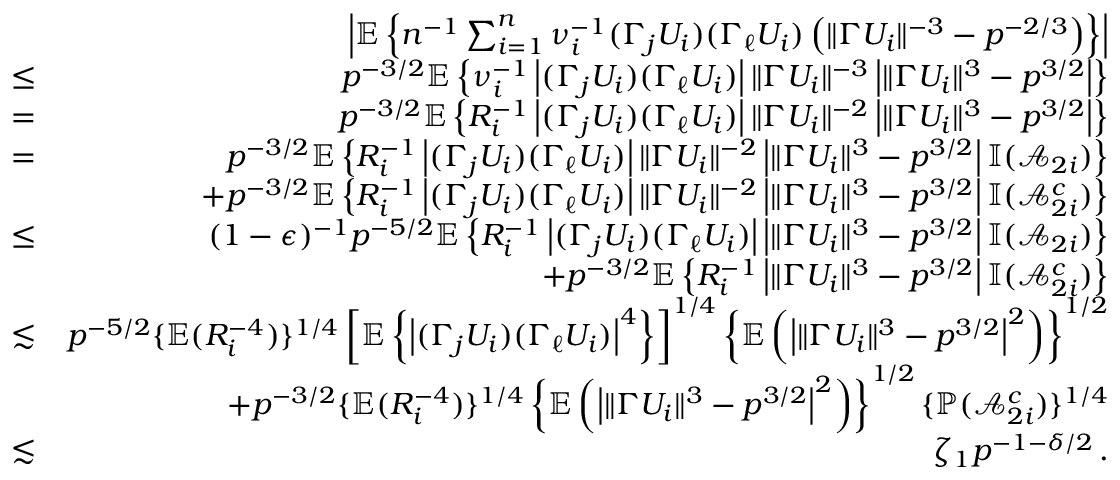
\begin{array} { r l r } & { } & { \left| { \mathbb { E } } \left\{ n ^ { - 1 } \sum _ { i = 1 } ^ { n } \nu _ { i } ^ { - 1 } ( \Gamma _ { j } U _ { i } ) ( \Gamma _ { \ell } U _ { i } ) \left( \| \Gamma U _ { i } \| ^ { - 3 } - p ^ { - 2 / 3 } \right) \right\} \right| } \\ & { \leq } & { p ^ { - 3 / 2 } { \mathbb { E } } \left\{ \nu _ { i } ^ { - 1 } \left| ( \Gamma _ { j } U _ { i } ) ( \Gamma _ { \ell } U _ { i } ) \right| \| \Gamma U _ { i } \| ^ { - 3 } \left| \| \Gamma U _ { i } \| ^ { 3 } - p ^ { 3 / 2 } \right| \right\} } \\ & { = } & { p ^ { - 3 / 2 } { \mathbb { E } } \left\{ R _ { i } ^ { - 1 } \left| ( \Gamma _ { j } U _ { i } ) ( \Gamma _ { \ell } U _ { i } ) \right| \| \Gamma U _ { i } \| ^ { - 2 } \left| \| \Gamma U _ { i } \| ^ { 3 } - p ^ { 3 / 2 } \right| \right\} } \\ & { = } & { p ^ { - 3 / 2 } { \mathbb { E } } \left\{ R _ { i } ^ { - 1 } \left| ( \Gamma _ { j } U _ { i } ) ( \Gamma _ { \ell } U _ { i } ) \right| \| \Gamma U _ { i } \| ^ { - 2 } \left| \| \Gamma U _ { i } \| ^ { 3 } - p ^ { 3 / 2 } \right| { \mathbb { I } } ( \mathcal { A } _ { 2 i } ) \right\} } \\ & { } & { + p ^ { - 3 / 2 } { \mathbb { E } } \left\{ R _ { i } ^ { - 1 } \left| ( \Gamma _ { j } U _ { i } ) ( \Gamma _ { \ell } U _ { i } ) \right| \| \Gamma U _ { i } \| ^ { - 2 } \left| \| \Gamma U _ { i } \| ^ { 3 } - p ^ { 3 / 2 } \right| { \mathbb { I } } ( \mathcal { A } _ { 2 i } ^ { c } ) \right\} } \\ & { \leq } & { ( 1 - \epsilon ) ^ { - 1 } p ^ { - 5 / 2 } { \mathbb { E } } \left\{ R _ { i } ^ { - 1 } \left| ( \Gamma _ { j } U _ { i } ) ( \Gamma _ { \ell } U _ { i } ) \right| \left| \| \Gamma U _ { i } \| ^ { 3 } - p ^ { 3 / 2 } \right| { \mathbb { I } } ( \mathcal { A } _ { 2 i } ) \right\} } \\ & { } & { + p ^ { - 3 / 2 } { \mathbb { E } } \left\{ R _ { i } ^ { - 1 } \left| \| \Gamma U _ { i } \| ^ { 3 } - p ^ { 3 / 2 } \right| { \mathbb { I } } ( \mathcal { A } _ { 2 i } ^ { c } ) \right\} } \\ & { \lesssim } & { p ^ { - 5 / 2 } \{ { \mathbb { E } } ( R _ { i } ^ { - 4 } ) \} ^ { 1 / 4 } \left[ { \mathbb { E } } \left\{ \left| ( \Gamma _ { j } U _ { i } ) ( \Gamma _ { \ell } U _ { i } ) \right| ^ { 4 } \right\} \right] ^ { 1 / 4 } \left\{ { \mathbb { E } } \left( \left| \| \Gamma U _ { i } \| ^ { 3 } - p ^ { 3 / 2 } \right| ^ { 2 } \right) \right\} ^ { 1 / 2 } } \\ & { } & { + p ^ { - 3 / 2 } \{ { \mathbb { E } } ( R _ { i } ^ { - 4 } ) \} ^ { 1 / 4 } \left\{ { \mathbb { E } } \left( \left| \| \Gamma U _ { i } \| ^ { 3 } - p ^ { 3 / 2 } \right| ^ { 2 } \right) \right\} ^ { 1 / 2 } \{ { \mathbb { P } } ( \mathcal { A } _ { 2 i } ^ { c } ) \} ^ { 1 / 4 } } \\ & { \lesssim } & { \zeta _ { 1 } p ^ { - 1 - \delta / 2 } \, . } \end{array}